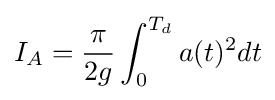
I_{A}={\frac {\pi }{2g}}\int _{0}^{T_{d}}a(t)^{2}dt